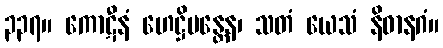
၃၃၇။ ကောဋီနံ ဟေဋ္ဌိမန္တေန၊ သတံ ယေသံ နိဓာနဂံ။